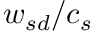
{ w _ { s d } } / c _ { s }